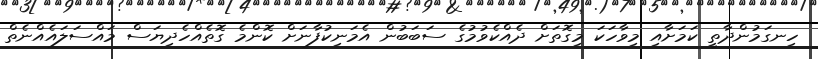
ހިނގަމުންދާތީ ކަމަށާއި މިވާހަކަ މިގޮތަށް ދެއްކެވުމުގެ ސަބަބުން އެމަނިކުފާނަށް ކޮންމެ ގޮތެއްހެދިޔަސް މައްސަލައެއްނެތް